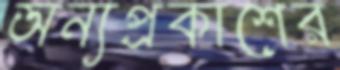
অন্যপ্রকাশের